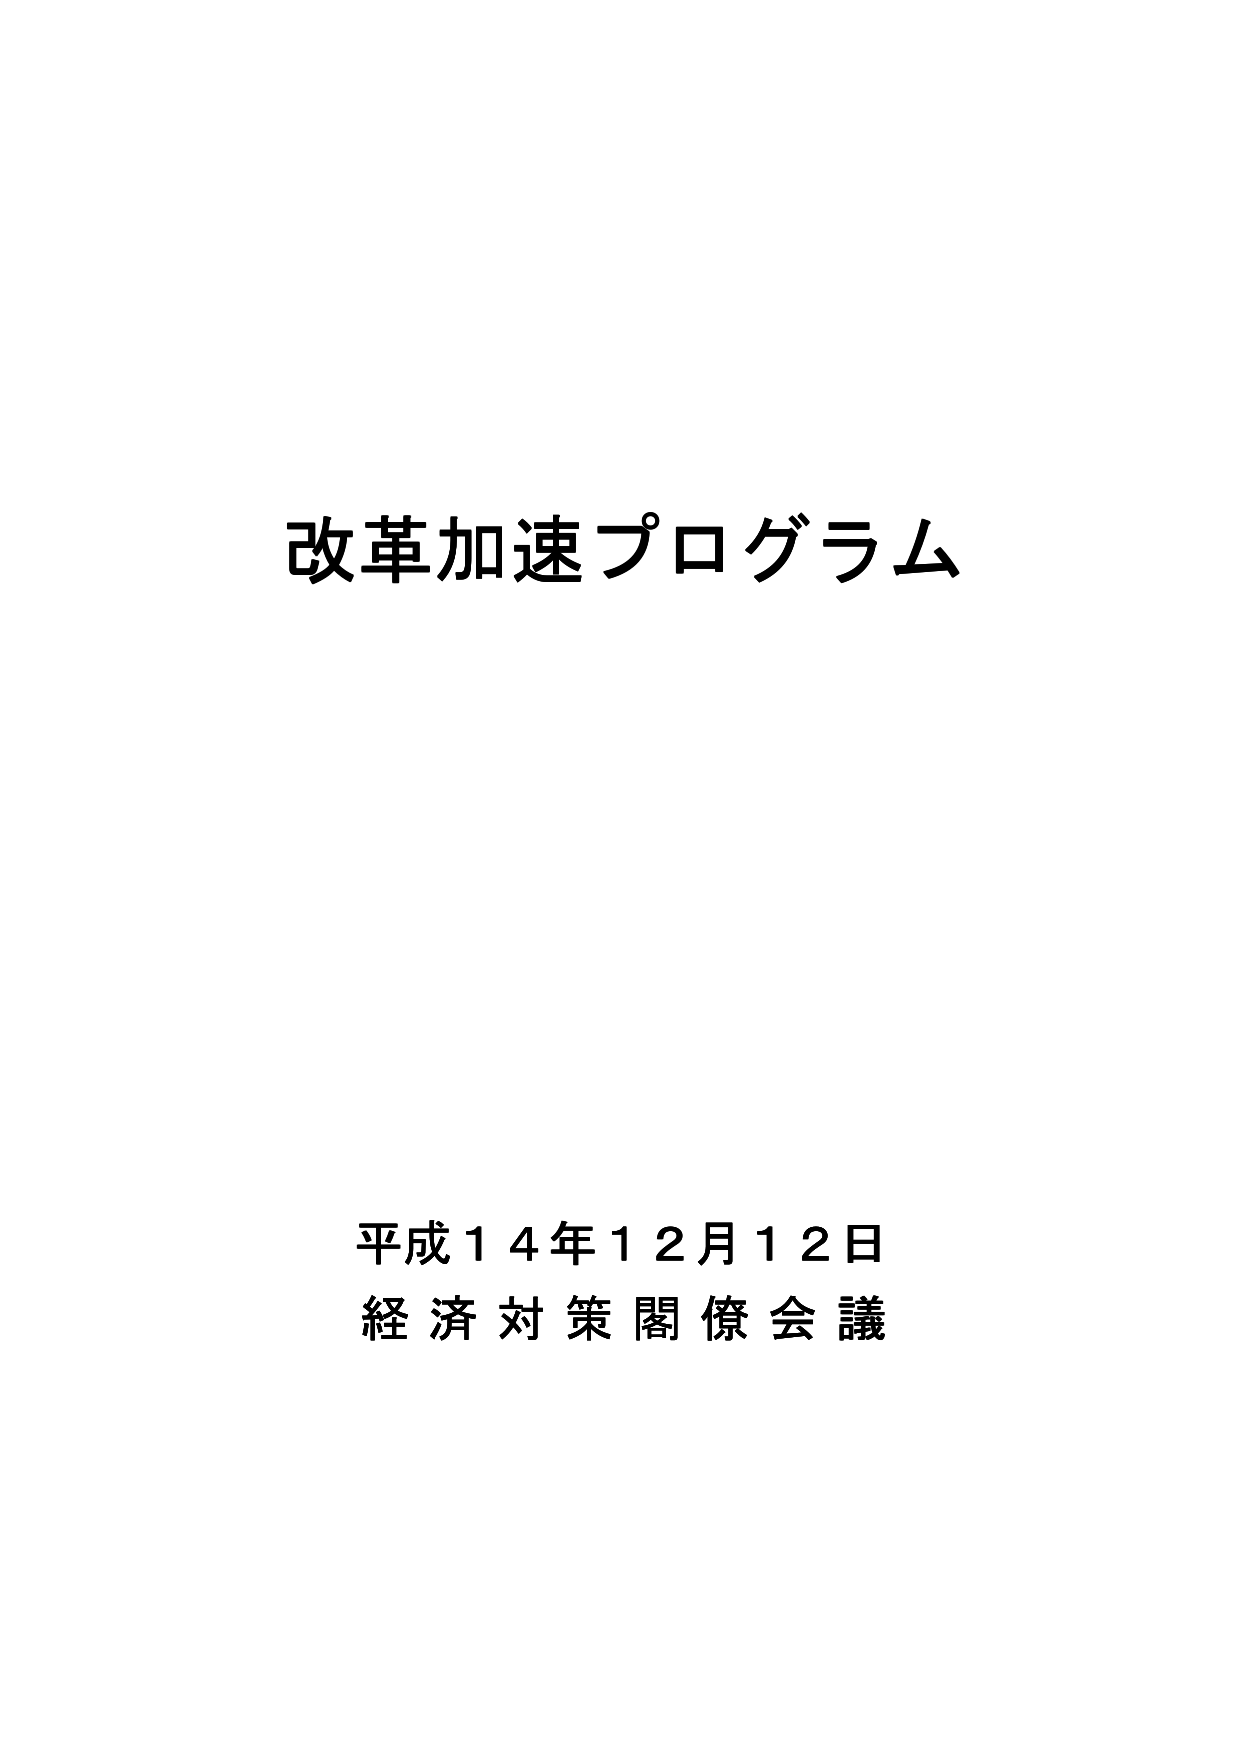
改革加速プログラム

平成14年12月12日
経済対策閣僚会議